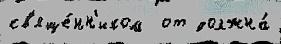
св'яще́нн'иком  от должна́